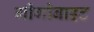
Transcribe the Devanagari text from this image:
गीगीबाइट